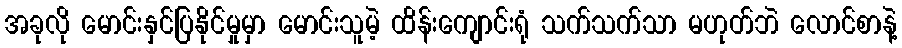
အခုလို မောင်းနှင်ပြနိုင်မှုမှာ မောင်းသူမဲ့ ထိန်းကျောင်းရုံ သက်သက်သာ မဟုတ်ဘဲ လောင်စာနဲ့